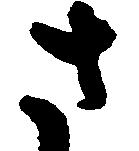
さ